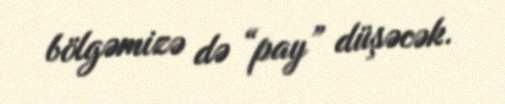
bölgəmizə də “pay” düşəcək.